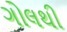
ગોલથી